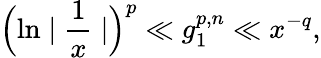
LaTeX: \Bigl(\ln\mid{\frac{1}{x}}\mid\Bigr)^{p}\ll g_{1}^{p,n}\ll x^{-q},